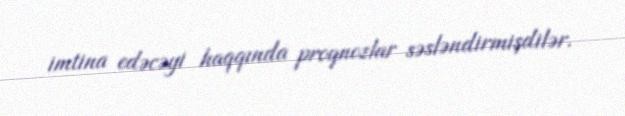
imtina edəcəyi haqqında proqnozlar səsləndirmişdilər.